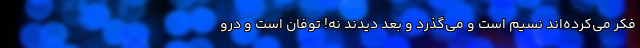
فکر می‌کرده‌اند نسیم است و می‌گذرد و بعد دیدند نه! توفان است و درو